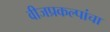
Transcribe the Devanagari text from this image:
वीजप्रकल्पांचा